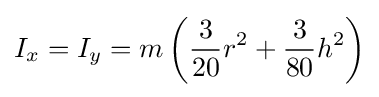
I_{x}=I_{y}=m\left({\frac {3}{20}}r^{2}+{\frac {3}{80}}h^{2}\right)\,\!